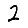
Digit: 2